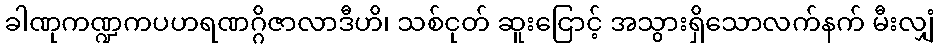
ခါဏုကဏ္ဍကပဟရဏဂ္ဂိဇာလာဒီဟိ၊ သစ်ငုတ် ဆူးငြောင့် အသွားရှိသောလက်နက် မီးလျှံ